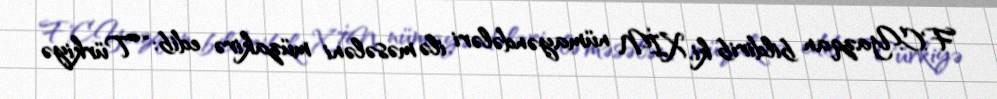
F.C.Yazqan bildirib ki, XİN nümayəndələri ilə məsələni müzakirə edib: “Türkiyə